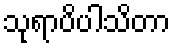
သုရာပိပါသိတာ